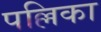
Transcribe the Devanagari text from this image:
पल्लिका